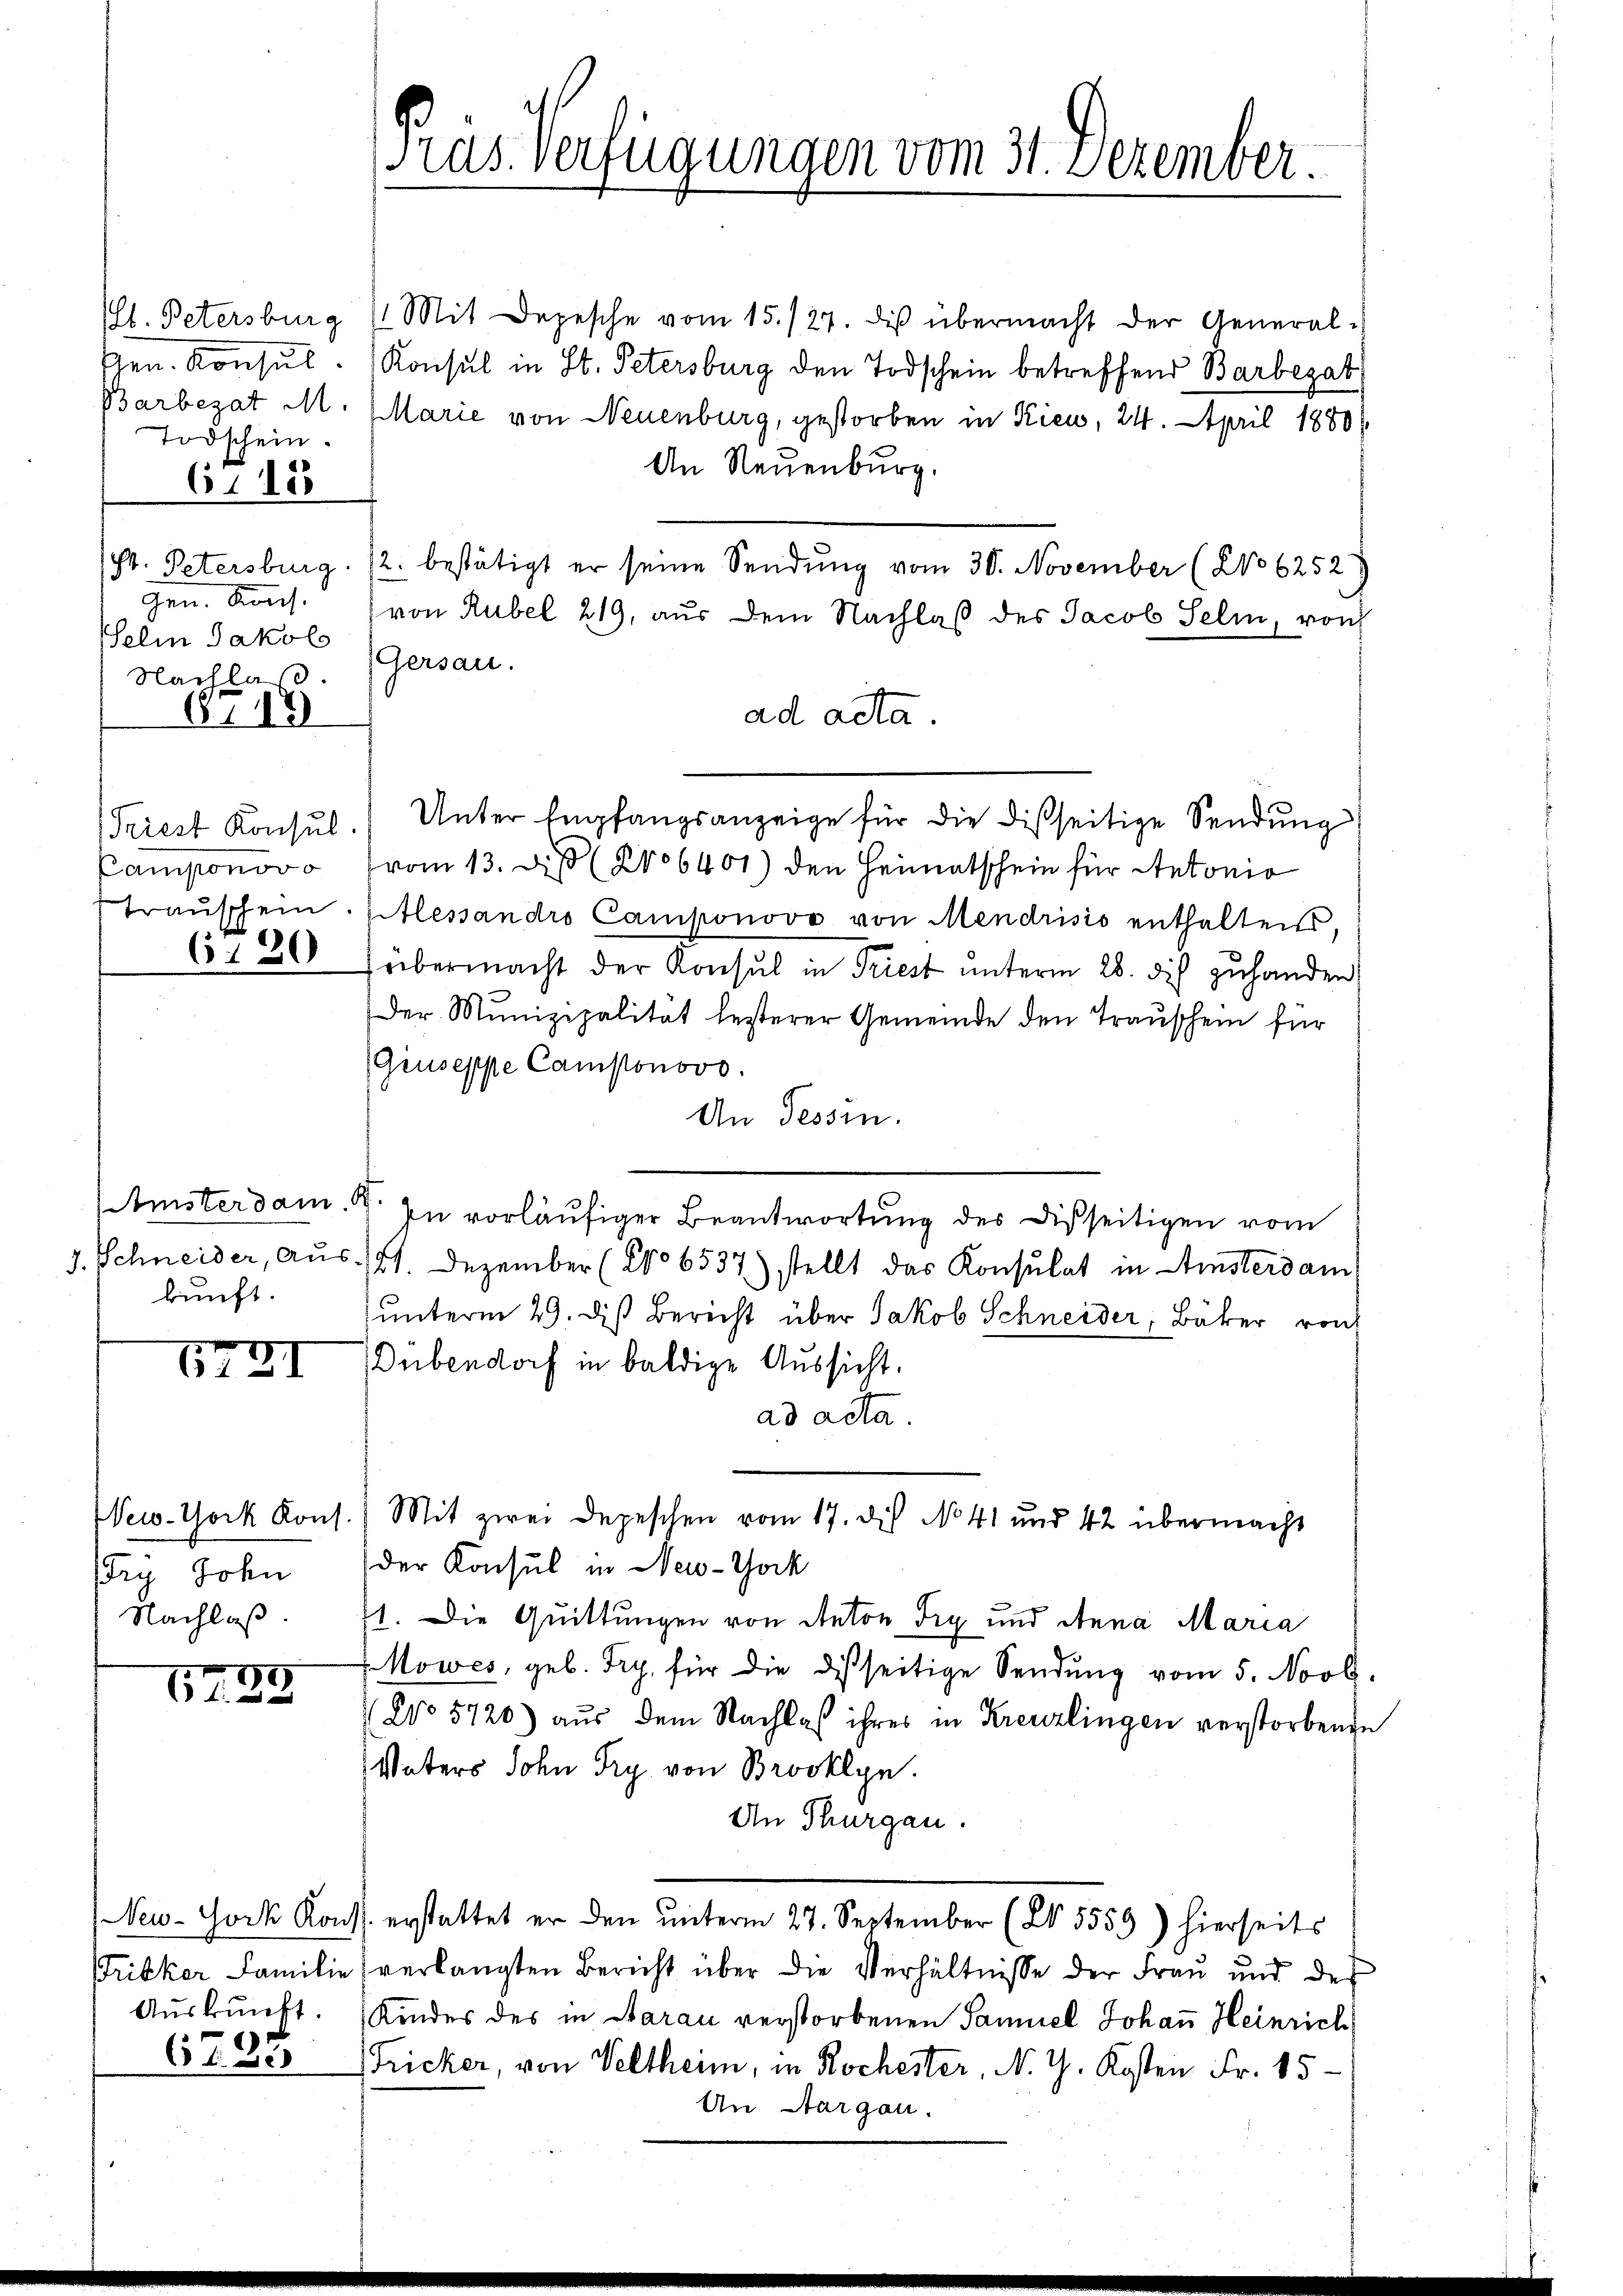
t. Petersburg
Gen. Konsul
Barbezat M.
Todschein.
6715

St. Petersburg.
gen. Kons.
Selin Jakolo
Nachlaß.
8,13

Camponovo
Trauschein

(130

Amsterdam. R.
kunft.

6721

New-York Kons.
ry John
Nachlaß

17. 89

risker Familie
6735

Pras Verfügungen vom 31. Dezember.

Mit Depesche vom 15./27. diβ übermacht der General-
Konsul in St. Petersburg den Todschein betreffend Barbezat
Marie von Neuenburg, gestorben in Kieu, 24. April 1880
An Neuenburg.
2. bestätigt er seine Sendung vom 30. November (No 6252
von Rubel 219, aus dem Nachlaß des Jacob Selin, von
Gersau.
ad acta.
Triest Konsŭl.) Unter Empfangsanzeige für die disseitige Sendŭng
vom 13. d. 206401) den Heimatschein für Antonio
Alessandro Camponovo von Mendrisio enthalten,
übermacht der Konsul in Triest unterm 28. dis zuhanden
Der Munizipalität besterer Gemeinde den Trauschein für
(Giuseppe Camponovo.
An Tessin.
In vorläufiger Beantwortung des Disseitigen vom
J. Schneider, Aus 21. Dezember (206537) stellt das Konsulat in Amsterdam
unterm 29. di Bericht über Jakob Schneider, Bäker von
Dübendorf in baldige Aussicht.
ad acta.
Mit zwei Depeschen vom 17. des No. 41 und 42 übermacht
der Konsul in New-York
71. Die Quittungen von Anton Try und Anna Maria
Mowes, geb. Try. für die disseitige Sendung vom 5. Novb.
No 5720) aus dem Nachlaβ ihres in Kreuzlingen verstorbende
Vaters Sohn Fry von Brooklyn.
An Thurgau.
New-York Kons. erstattet er den unterm 27. September (§§ 5559) hierseits
verlangten Bericht über die Verhältnisse der Frau und der
Aŭskŭnft. Kindes des in Aarau verstorbenen Samuel Johaṅ Heinrich
Fricker, von Veltheim, in Rochester, N. G. Kosten Fr. 15.
An Aargau.